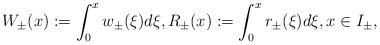
LaTeX: \begin{align*} W_\pm(x):=\int_0^x w_\pm(\xi)d \xi,R_\pm(x):=\int_0^x r_\pm(\xi)d\xi,x\in I_\pm,\end{align*}